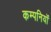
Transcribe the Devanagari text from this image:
कम्पनियॉं